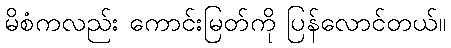
မိစံကလည်း ကောင်းမြတ်ကို ပြန်လောင်တယ်။